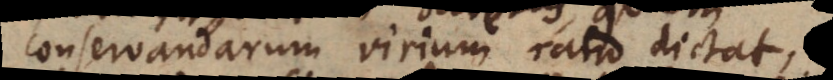
conservandarum virium ratio dictat,